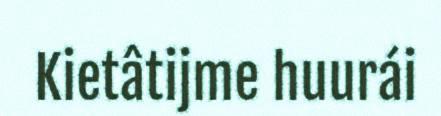
Kietâtijme huurái